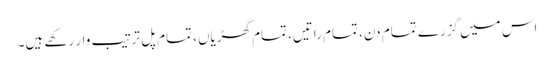
اس میں گزرے تمام دن، تمام راتیں، تمام گھڑیاں، تمام پل ترتیب وار رکھے ہیں۔